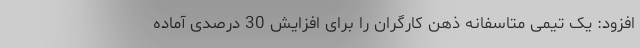
افزود: یک تیمی متاسفانه ذهن کارگران را برای افزایش 30 درصدی آماده